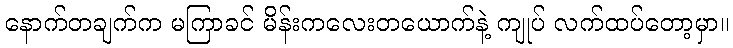
နောက်တချက်က မကြာခင် မိန်းကလေးတယောက်နဲ့ ကျုပ် လက်ထပ်တော့မှာ။